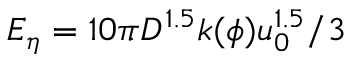
{ { E } _ { \eta } } = 1 0 \pi { { D } ^ { 1 . 5 } } k ( \phi ) u _ { 0 } ^ { 1 . 5 } / 3